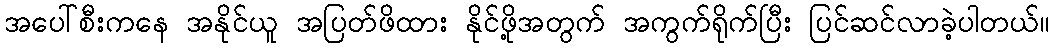
အပေါ်စီးကနေ အနိုင်ယူ အပြတ်ဖိထား နိုင်ဖို့အတွက် အကွက်ရိုက်ပြီး ပြင်ဆင်လာခဲ့ပါတယ်။